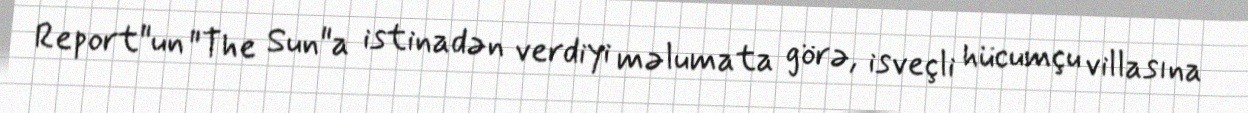
Report"un "The Sun"a istinadən verdiyi məlumata görə, isveçli hücumçu villasına